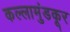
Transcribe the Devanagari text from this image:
कल्लामुंडकूर